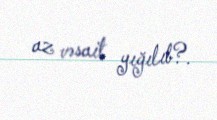
az vəsait yığılıb?.